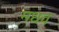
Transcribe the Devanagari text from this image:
मधव